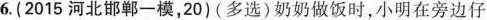
6.(2015河北邯郸一模，20)(多选)奶奶做饭时，小明在旁边仔